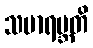
သမာရဗ္ဘတိ